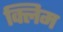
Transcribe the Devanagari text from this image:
क्लिम